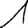
Digit: 1